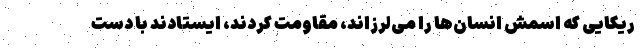
ریکایی که اسمش انسان‌ها را می‌لرزاند، مقاومت کردند، ایستادند با دست